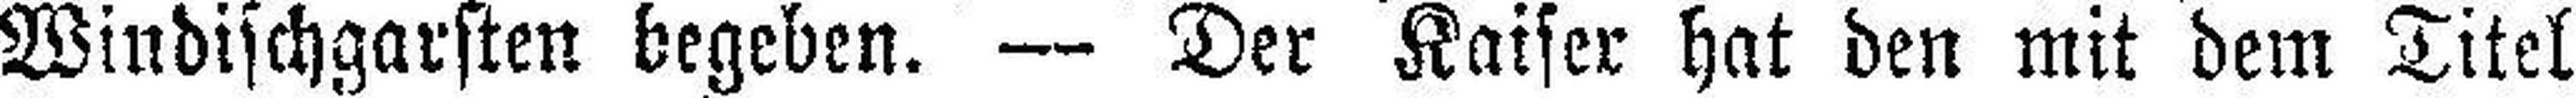
Windischgarsten begeben. — Der Kaiser hat den mit dem Titel